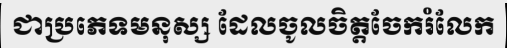
ជាប្រភេទមនុស្ស ដែលចូលចិត្តចែករំលែក